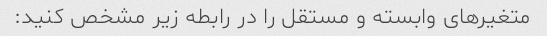
متغیرهای وابسته و مستقل را در رابطه زیر مشخص کنید: